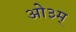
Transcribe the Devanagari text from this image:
आे३म्